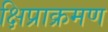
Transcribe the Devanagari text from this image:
क्षिप्राक्रमण